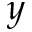
y